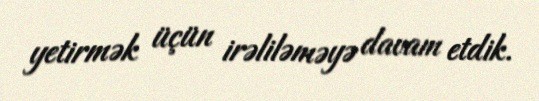
yetirmək üçün irəliləməyə davam etdik.